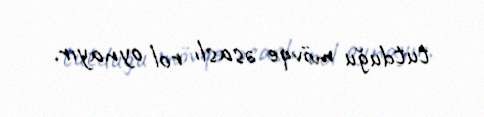
tutduğu mövqe əsaslı rol oynayır.